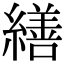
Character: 繕